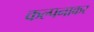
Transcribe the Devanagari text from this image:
कल्पनाकर